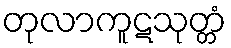
တုလာကူဋသုတ္တံ